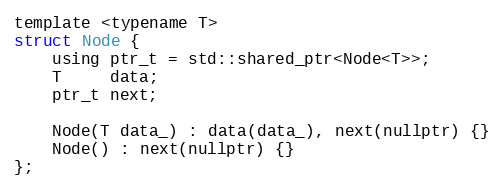
Language: C
template <typename T>
struct Node {
    using ptr_t = std::shared_ptr<Node<T>>;
    T     data;
    ptr_t next;

    Node(T data_) : data(data_), next(nullptr) {}
    Node() : next(nullptr) {}
};